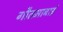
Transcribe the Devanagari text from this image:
गौतमाबाई